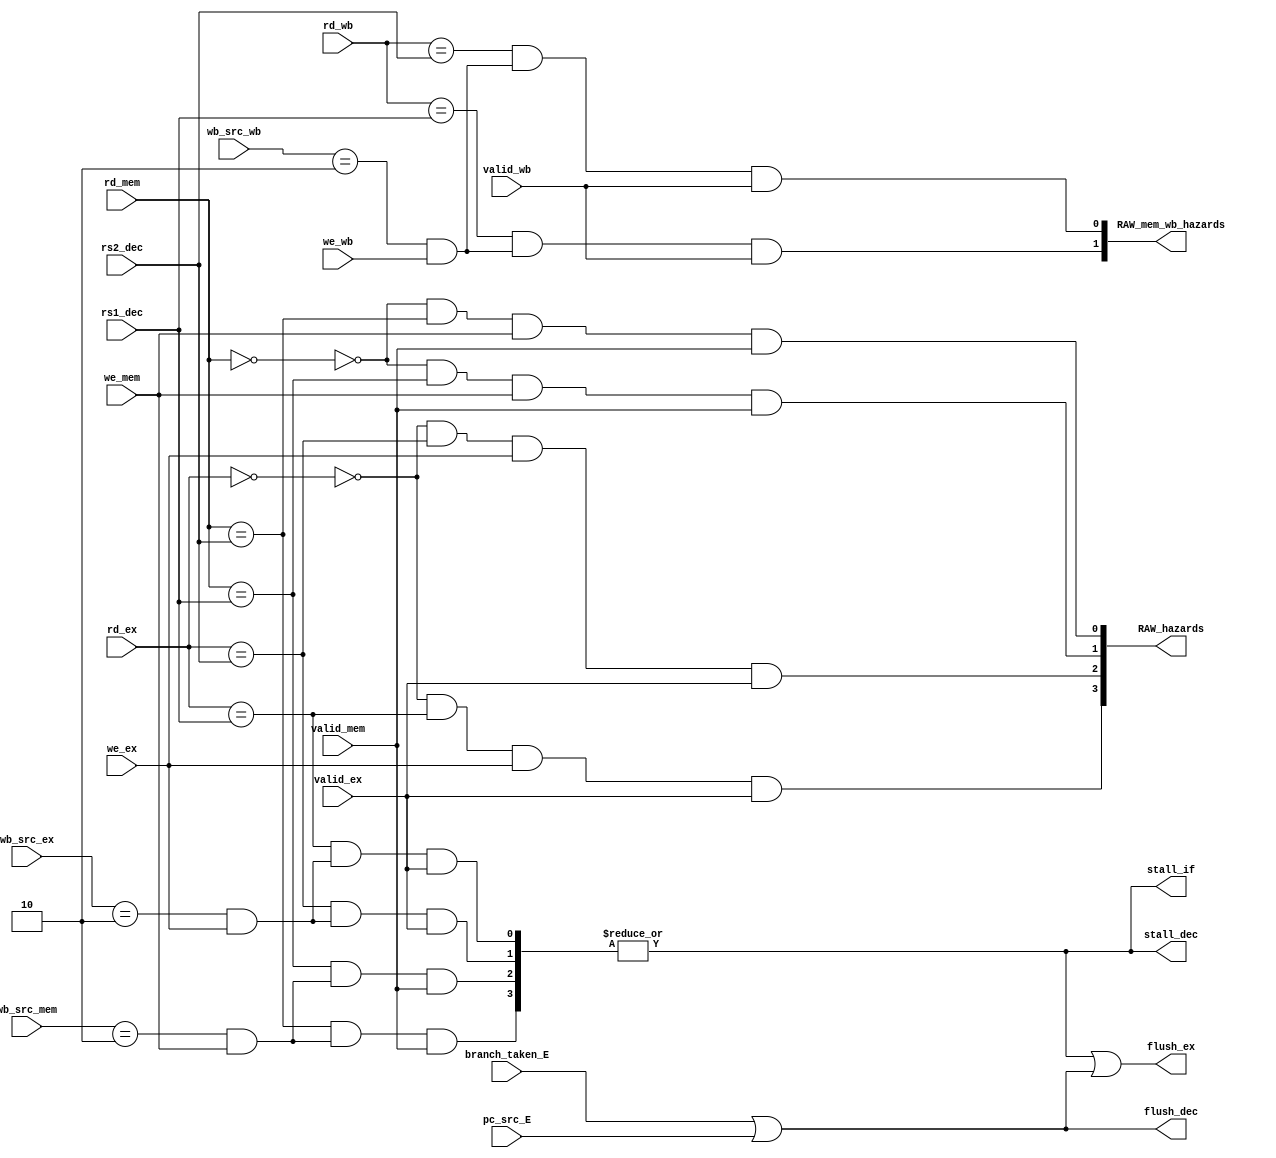
`timescale 1ns / 1ps
//////////////////////////////////////////////////////////////////////////////////
// Company: 
// Engineer: 
// 
// Design Name: 
// Module Name: HazardControlUnit
// Project Name: 
// Target Devices: 
// Tool Versions: 
// Description: 
// 
// Dependencies: 
// 
// Revision:
// Revision 0.01 - File Created
// Additional Comments:
// 
//////////////////////////////////////////////////////////////////////////////////


module HazardControlUnit(
        input branch_taken_E,pc_src_E,we_ex,we_mem,we_wb,valid_ex,valid_mem,valid_wb, //<- buraya mem weler gelecek ve RAW iin onlar da eklenecek stora'da
        input [1:0]wb_src_ex,wb_src_mem,wb_src_wb,
        input [4:0]rd_ex,rd_mem,rd_wb,
        input [4:0]rs1_dec,rs2_dec,
        output [3:0]RAW_hazards,
        output [1:0]RAW_mem_wb_hazards,
        output stall_if,stall_dec,
        output flush_ex,flush_dec
    );
    //RAW hazard handling
    wire raw_rs1_ex,raw_rs2_ex,raw_rs1_mem,raw_rs2_mem;
    wire ex_rd_to_x0,mem_rd_to_x0,wb_rd_to_x0;
    
    assign ex_rd_to_x0 = (rd_ex == 5'b0_0000);
    assign mem_rd_to_x0 = (rd_mem == 5'b0_0000);
    
    assign raw_rs1_ex = ~ex_rd_to_x0 & (rd_ex == rs1_dec) & we_ex & valid_ex;
    assign raw_rs2_ex = ~ex_rd_to_x0 & (rd_ex == rs2_dec) & we_ex & valid_ex;
    assign raw_rs1_mem = ~mem_rd_to_x0 & (rd_mem == rs1_dec) & we_mem & valid_mem;
    assign raw_rs2_mem = ~mem_rd_to_x0 & (rd_mem == rs2_dec) & we_mem & valid_mem;
    //rs1_ex_hazard,rs2_ex_hazard,rs1_mem_hazard,rs2_mem_hazard
    assign RAW_hazards = {raw_rs1_ex,raw_rs2_ex,raw_rs1_mem,raw_rs2_mem};
    //Memory RAW hazard handling
    wire raw_load_ex,raw_load_mem,raw_load_wb,raw_ex_dec_rs1,raw_ex_dec_rs2,raw_mem_dec_rs1,raw_mem_dec_rs2,raw_wb_dec_rs1,raw_wb_dec_rs2;
    wire [3:0]RAW_mem_hazards;
    
    
    assign raw_load_ex  = (wb_src_ex == 2'b10) & we_ex;
    assign raw_load_mem = (wb_src_mem == 2'b10) & we_mem;
    assign raw_load_wb = (wb_src_wb == 2'b10) & we_wb;
    
    assign raw_ex_dec_rs1 =  (rd_ex == rs1_dec) & raw_load_ex & valid_ex;
    assign raw_ex_dec_rs2 =  (rd_ex == rs2_dec) & raw_load_ex & valid_ex;
    assign raw_mem_dec_rs1 = (rd_mem == rs1_dec)& raw_load_mem & valid_mem;
    assign raw_mem_dec_rs2 = (rd_mem == rs2_dec)& raw_load_mem & valid_mem;
    assign raw_wb_dec_rs1 =  (rd_wb == rs1_dec) & raw_load_wb & valid_wb;
    assign raw_wb_dec_rs2 =  (rd_wb == rs2_dec) & raw_load_wb & valid_wb;
    //control hazards 
    wire pc_change;
    assign pc_change = branch_taken_E | pc_src_E;
    //output signals
    assign RAW_mem_hazards = {raw_ex_dec_rs1,raw_ex_dec_rs2,raw_mem_dec_rs1,raw_mem_dec_rs2};
    assign stall_if  = |RAW_mem_hazards;
    assign stall_dec = stall_if;
    assign flush_ex = stall_if | pc_change;
    assign flush_dec = pc_change;
    assign RAW_mem_wb_hazards = {raw_wb_dec_rs1,raw_wb_dec_rs2};
endmodule